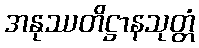
အနုဿတိဋ္ဌာနသုတ္တံ